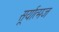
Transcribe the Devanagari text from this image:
सूर्यात्मज